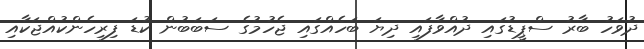
ދުވަހު ބާރު ސްޕީޑުގައި ދުއްވާފައި ދިޔަ ބަހެއްގައި ޖެހުމުގެ ސަބަބުން ކުޑަ ފިރިހެންކުއްޖަކާއި